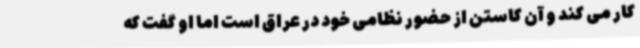
کار می کند و آن کاستن از حضور نظامی خود در عراق است اما او گفت که